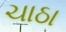
ચાઠા